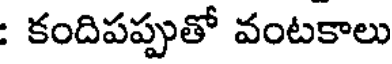
: కందిపప్పుతో వంటకాలు